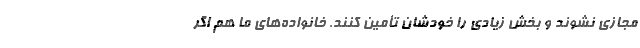
مجازی نشوند و بخش زیادی را خودشان تأمین کنند. خانواده‌های ما هم اگر